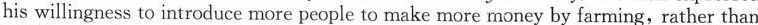
his willingness to introduce more people to make more money by farming,rather than